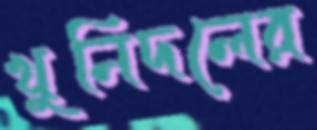
খুনিদলের